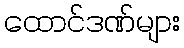
ထောင်ဒဏ်များ